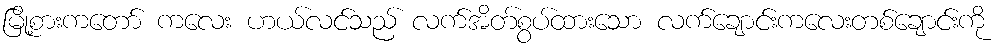
မြို့စားကတော် ကလေး ဟယ်လင်သည် လက်အိတ်စွပ်ထားသော လက်ချောင်းကလေးတစ်ချောင်းကို